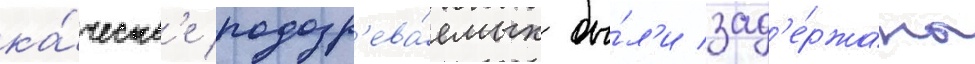
ка́честв'е подозр'ева́емых бы́л'и зад'е́ржаны